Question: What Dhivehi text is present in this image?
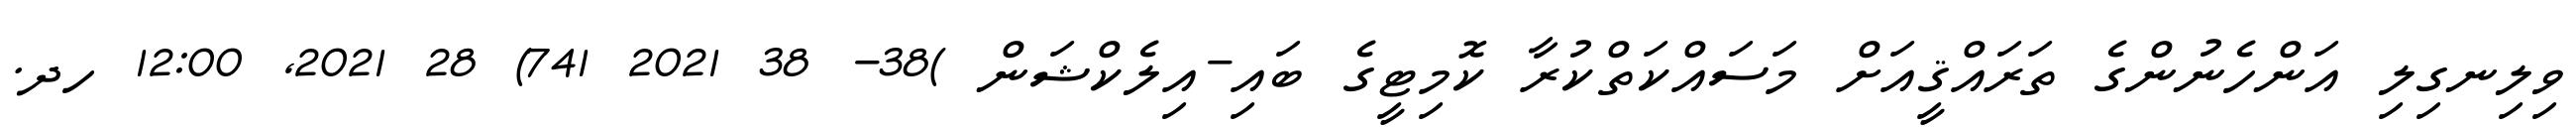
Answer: ވިލިނގިލި އަންހެނުންގެ ތަރައްޤީއަށް މަސައްކަތްކުރާ ކޮމިޓީގެ ބައި-އިލެކްޝަން )38- 38 2021 741) 28 2021, 12:00 ހދ.